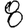
Digit: 8